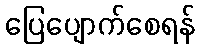
ပြေပျောက်စေရန်